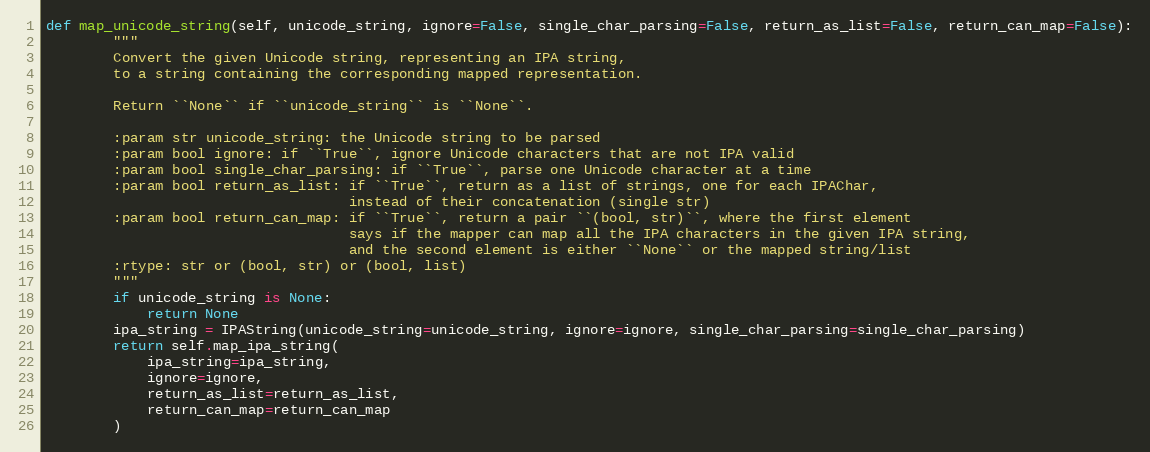
Language: Python
def map_unicode_string(self, unicode_string, ignore=False, single_char_parsing=False, return_as_list=False, return_can_map=False):
        """
        Convert the given Unicode string, representing an IPA string,
        to a string containing the corresponding mapped representation.

        Return ``None`` if ``unicode_string`` is ``None``.

        :param str unicode_string: the Unicode string to be parsed
        :param bool ignore: if ``True``, ignore Unicode characters that are not IPA valid
        :param bool single_char_parsing: if ``True``, parse one Unicode character at a time
        :param bool return_as_list: if ``True``, return as a list of strings, one for each IPAChar,
                                    instead of their concatenation (single str)
        :param bool return_can_map: if ``True``, return a pair ``(bool, str)``, where the first element
                                    says if the mapper can map all the IPA characters in the given IPA string,
                                    and the second element is either ``None`` or the mapped string/list
        :rtype: str or (bool, str) or (bool, list)
        """
        if unicode_string is None:
            return None
        ipa_string = IPAString(unicode_string=unicode_string, ignore=ignore, single_char_parsing=single_char_parsing)
        return self.map_ipa_string(
            ipa_string=ipa_string,
            ignore=ignore,
            return_as_list=return_as_list,
            return_can_map=return_can_map
        )